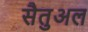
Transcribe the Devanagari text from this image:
सैतुअल